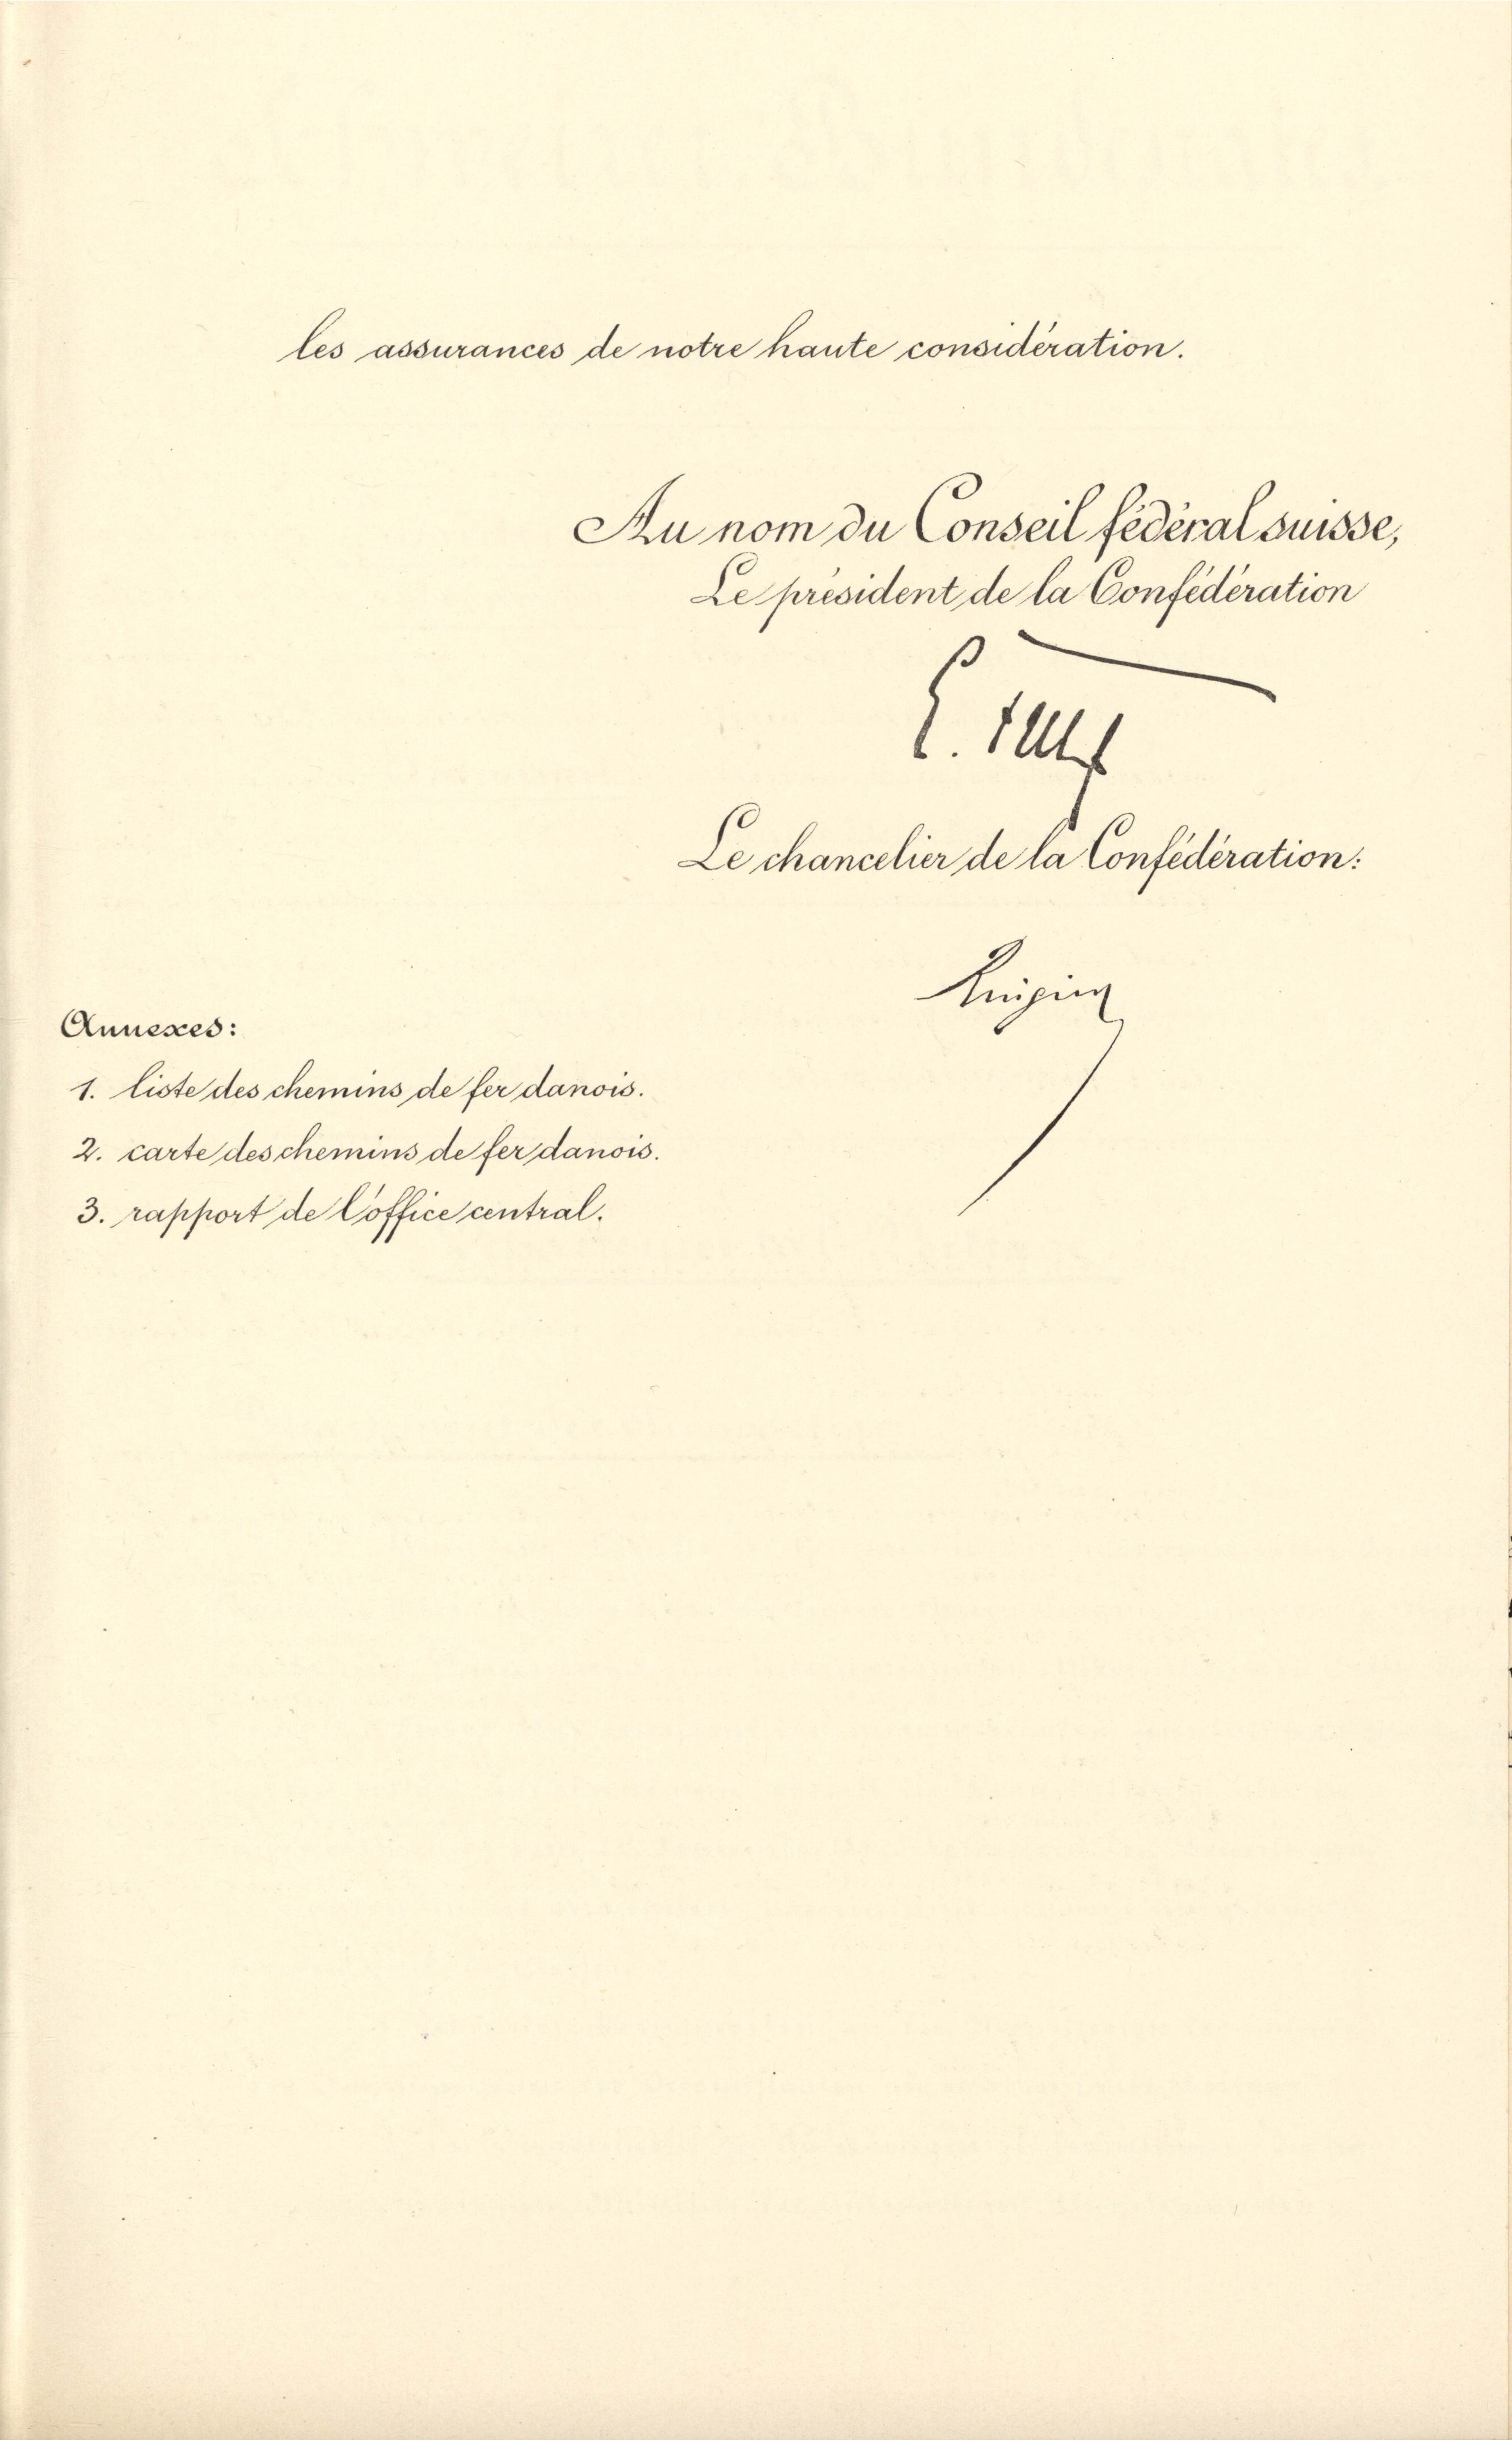
Annesses:
1. liste des chemins de fer danows.
2. carte des chemins de fer danois.
3. rapport de Coffice central.

les assurances de notre haute considération.

Le président de la Confédération

l. 10
Le chancelier de la Confédération:
Kuzing

Au nom du Conseil fédéral Suisse,